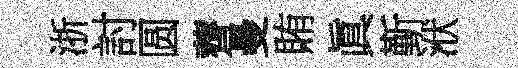
浙討圆薺曼賄眞斳洑